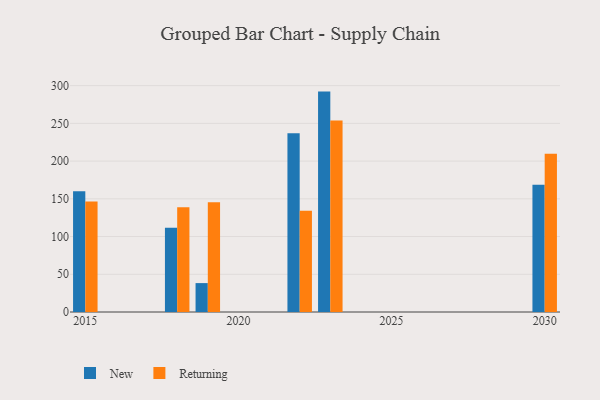
{"axis": {"x": "Year", "y": "Gross Profit (USD K)"}, "legend": ["New", "Returning"], "data": [{"x": "2030", "y": 168.6, "type": "New"}, {"x": "2030", "y": 209.8, "type": "Returning"}, {"x": "2019", "y": 38.3, "type": "New"}, {"x": "2019", "y": 145.6, "type": "Returning"}, {"x": "2023", "y": 292.1, "type": "New"}, {"x": "2023", "y": 253.7, "type": "Returning"}, {"x": "2022", "y": 236.9, "type": "New"}, {"x": "2022", "y": 134.3, "type": "Returning"}, {"x": "2015", "y": 160.0, "type": "New"}, {"x": "2015", "y": 146.6, "type": "Returning"}, {"x": "2018", "y": 111.7, "type": "New"}, {"x": "2018", "y": 138.7, "type": "Returning"}]}